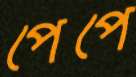
পেপে